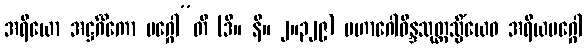
အရိယော အဋ္ဌင်္ဂိကော မဂ္ဂေါ”တိ (ဒီ။ နိ။ ၂။၃၂၉) မဟာဂေါဝိန္ဒသုတ္တသ္မိံယေဝ အရိယမဂ္ဂေါ